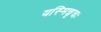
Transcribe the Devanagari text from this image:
यस्मिन्नृचः